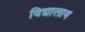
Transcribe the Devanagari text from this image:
विद्यालाय